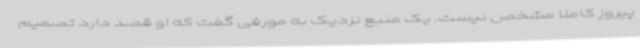
پیروز کاملا مشخص نیست. یک منبع نزدیک به مورفی گفت که او قصد دارد تصمیم